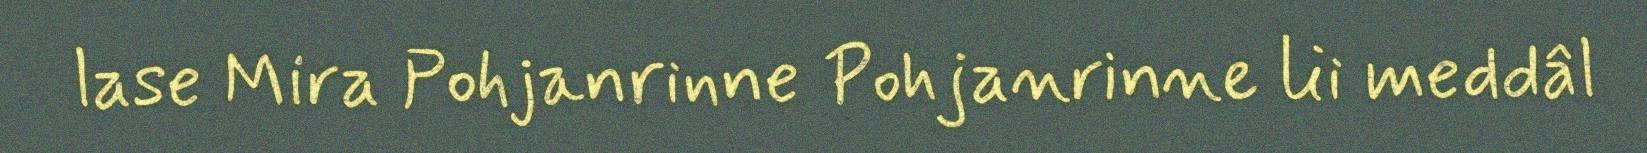
lase Mira Pohjanrinne Pohjanrinne lii meddâl